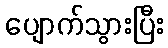
ပျောက်သွားပြီး